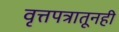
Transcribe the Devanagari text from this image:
वृत्तपत्रातूनही